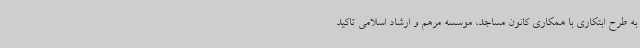
به طرح ابتکاری با همکاری کانون مساجد، موسسه مرهم و ارشاد اسلامی تاکید